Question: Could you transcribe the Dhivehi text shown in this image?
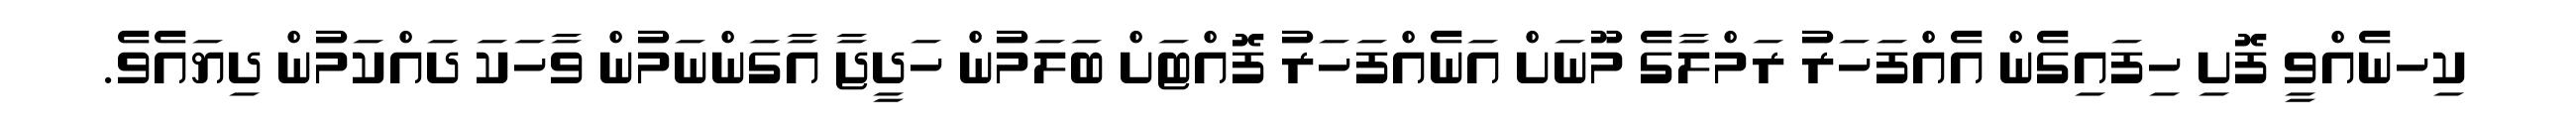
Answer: ކިހނެއްވީ ފޮށި ހިފައިގެން އެއްފަހަރު ރަމްލާގެ މޫނަށް އަނެއްފަހަރު ފޮއްޓަށް ބަލަމުން ހަދީޖާ އާގަންނަމުން ވާހަކަ ދައްކަމުން ދިޔައެވެ.